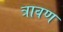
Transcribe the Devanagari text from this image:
त्रावण